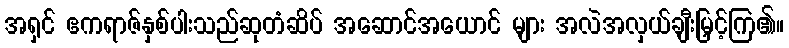
အရှင် ဧကရာဇ်နှစ်ပါးသည်ဆုတံဆိပ် အဆောင်အယောင် များ အလဲအလှယ်ချီးမြှင့်ကြ၏။